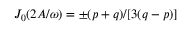
J _ { 0 } ( 2 A / \omega ) = \pm ( p + q ) / [ 3 ( q - p ) ]